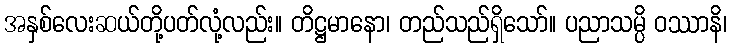
အနှစ်လေးဆယ်တို့ပတ်လုံ့လည်း။ တိဋ္ဌမာနော၊ တည်သည်ရှိသော်။ ပညာသမ္ပိ ဝဿာနိ၊